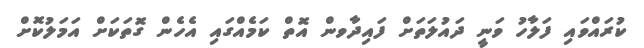
ކުރައްވައި ފަލާހު ވަނީ ދައުލަތަށް ފައިދާވން އޮތް ކަމެއްގައި އެހެން ގޮތަކަށް އަމަލުކޮށް